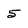
Character: 5